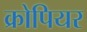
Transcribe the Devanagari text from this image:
क्रोपियर